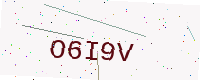
Text: O6I9V